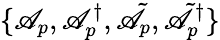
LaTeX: \{ \mathscr{A}_{p},\mathscr{A}_{p}^{\dagger},\tilde{{\mathscr{A}}}_{p},\tilde{{\mathscr{A}}}_{p}^{\dagger}\}